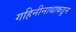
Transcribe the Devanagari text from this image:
गहिनीनाथाकडून